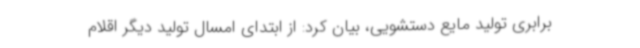
برابری تولید مایع دستشویی، بیان کرد: از ابتدای امسال تولید دیگر اقلام